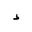
Letter: _hamza